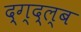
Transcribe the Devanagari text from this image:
द्ग्द्ल्ब